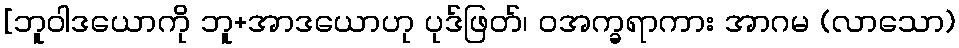
[ဘူဝါဒယောကို ဘူ+အာဒယောဟု ပုဒ်ဖြတ်၊ ဝအက္ခရာကား အာဂမ (လာသော)